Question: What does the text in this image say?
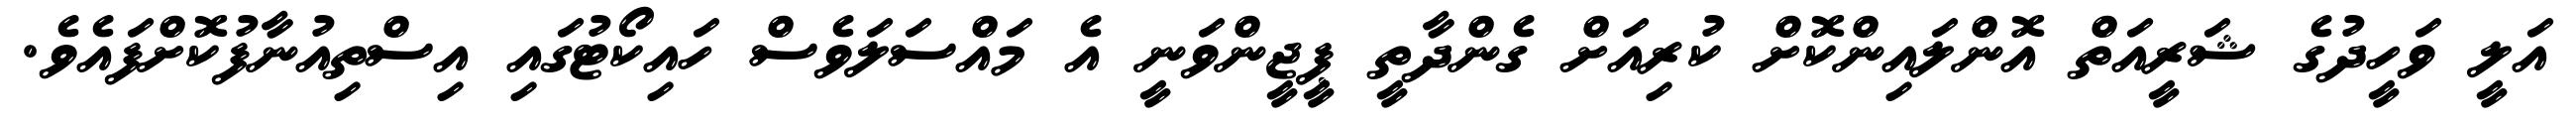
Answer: އަލީ ވަހީދުގެ ޝަރީއަތް އޮންލައިންކޮށް ކުރިއަށް ގެންދާތީ ޕީޖީންވަނީ އެ މައްސަލަވެސް ހައިކޯޓުގައި އިސްތިއުނާފުކޮށްފައެވެ.